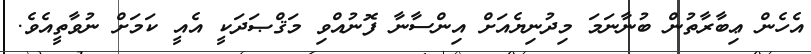
އެހެން ޢިބާރާތުން ބުނާނަމަ މިދުނިޔެއަށް އިންސާނާ ފޮނުއްވި މަޤްޞަދަކީ އެއީ ކަމަށް ނުވާތީއެވެ.